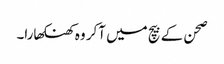
صحن کے بیچ میں آکر وہ کھنکھارا۔